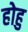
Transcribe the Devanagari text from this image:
होहु